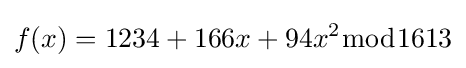
f(x)=1234+166x+94x^{2}{\bmod {1613}}